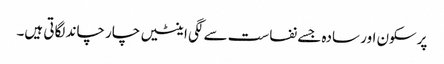
پرسکون اور سادہ جسے نفاست سے لگی اینٹیں چار چاند لگاتی ہیں۔